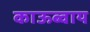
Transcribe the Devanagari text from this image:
काऊब्वाय